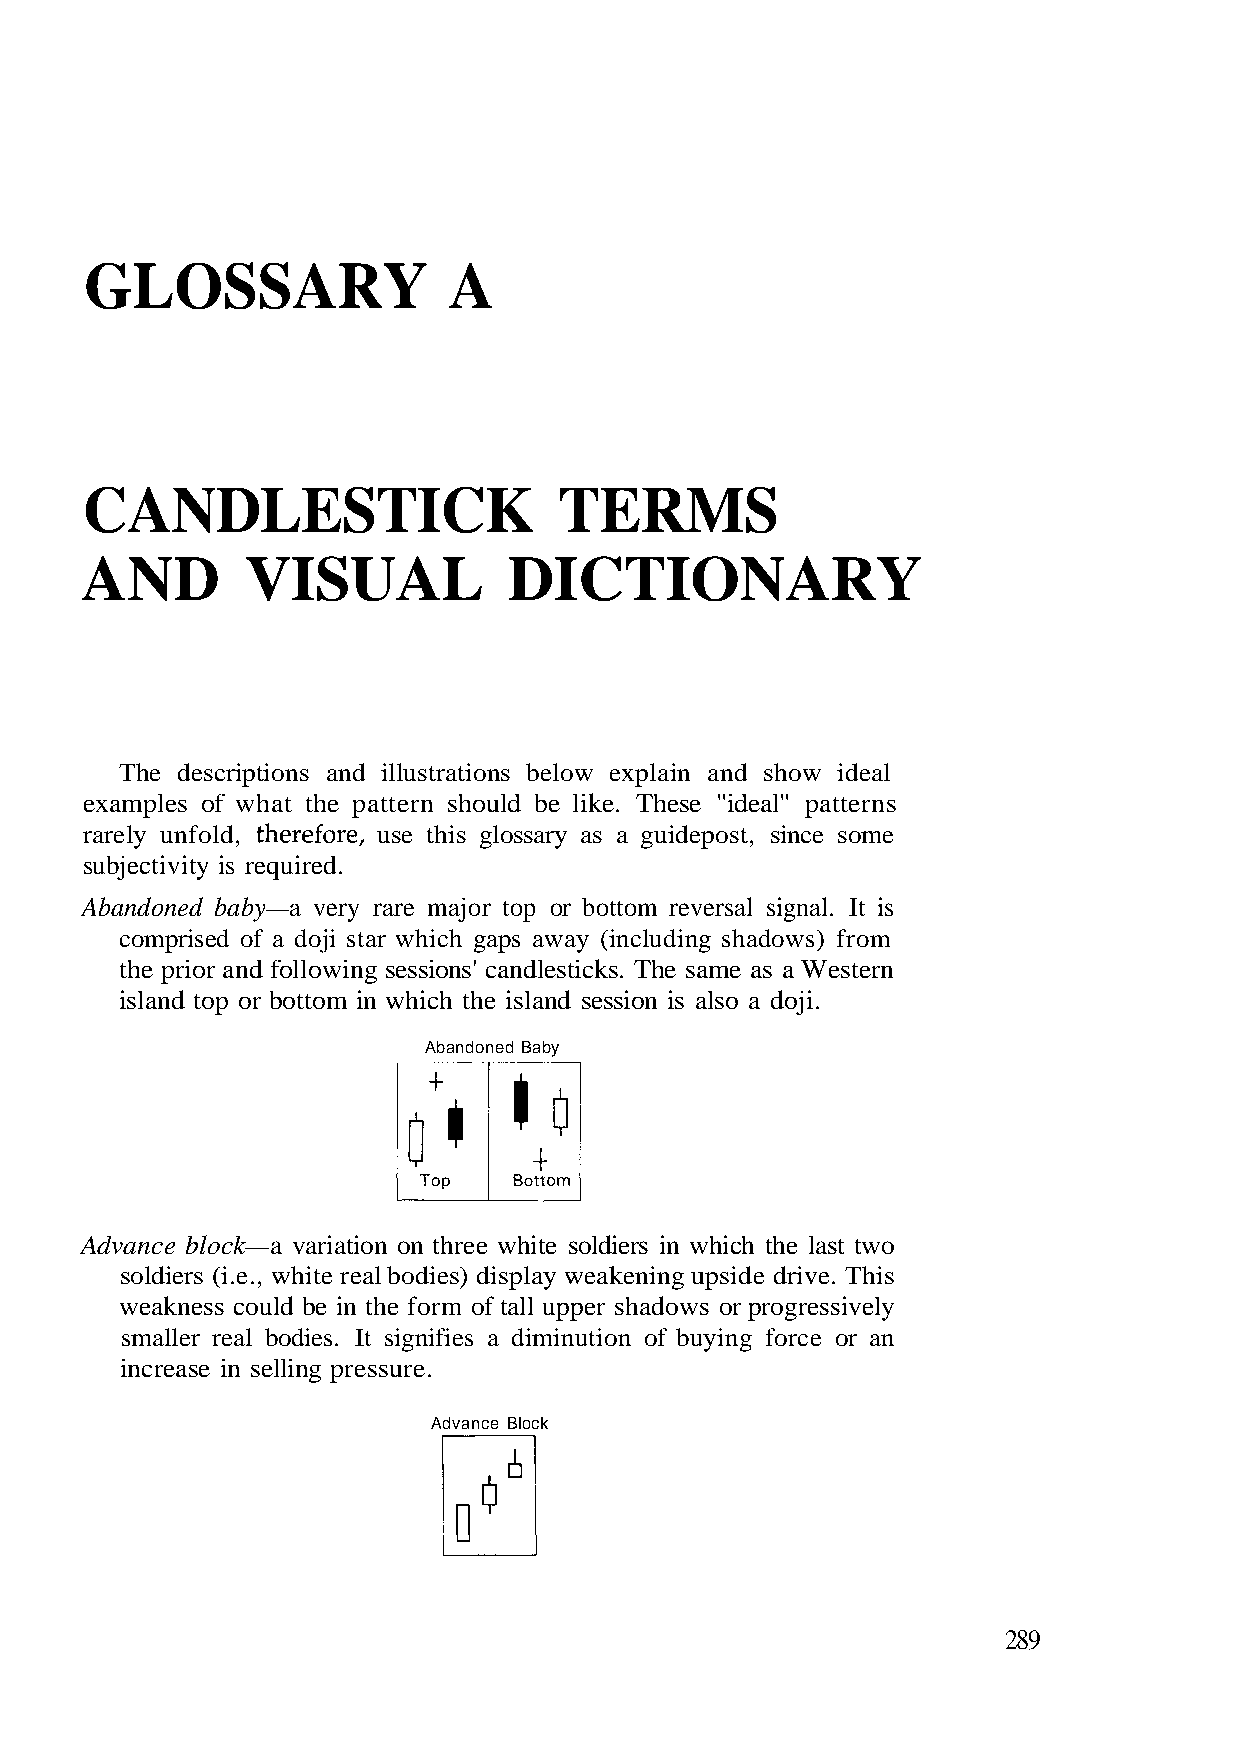
GLOSSARY                A
 The descriptions and illustrations below explain and show ideal
 examples of what the pattern should be like. These "ideal" patterns
 rarely unfold, therefore, use this glossary as a guidepost, since some
 subjectivity is required.
 Abandoned baby—a very rare major top or bottom reversal signal. It is
 comprised of a doji star which gaps away (including shadows) from
 island top or bottom in which the island session is also a doji.
 Abandoned Baby
 Advance block—a variation on three white soldiers in which the last two
 soldiers (i.e., white real bodies) display weakening upside drive. This
 increase in selling pressure.
 289
 Y R A N O I T C I D L
 n a
 A
 or e c
 yr elo vf
 U
 i sg esn ri gy ou rb p
 S
 rf oo s wn
 o
 I
 do
 ti
 au hn
 V
 si
 m
 r e pdi p ua all
 s
 te of
 fi i
 D
 m
 n g
 ri os e f
 It
 h
 N
 n t
 s.
 ie
 i
 S
 ed
 M
 bo
 ER
 d
 b
 K T
 A
 oul
 al
 STIC
 s c
 re
 CANDLE
 the prior and following sessions' candlesticks. The same as a Western
 weaknes
 smaller
 Block Advance